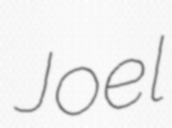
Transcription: Joel